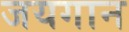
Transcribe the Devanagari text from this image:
जयगान